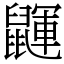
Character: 鼲